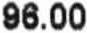
96.00